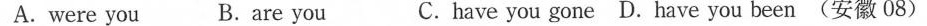
A.were you B.are you C.have you gone D.have you been (安徽 O8)